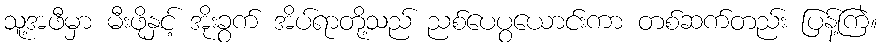
သူ့အဖီမှာ မီးဖိုနှင့် အိုးခွက် အိပ်ရာတို့သည် ညစ်ပေပွယောင်းကာ တစ်ဆက်တည်း ပြန့်ကြဲ။